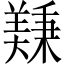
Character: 𫅚